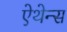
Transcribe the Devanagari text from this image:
ऐथेन्स